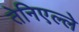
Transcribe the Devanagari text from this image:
तेनिएल्ले